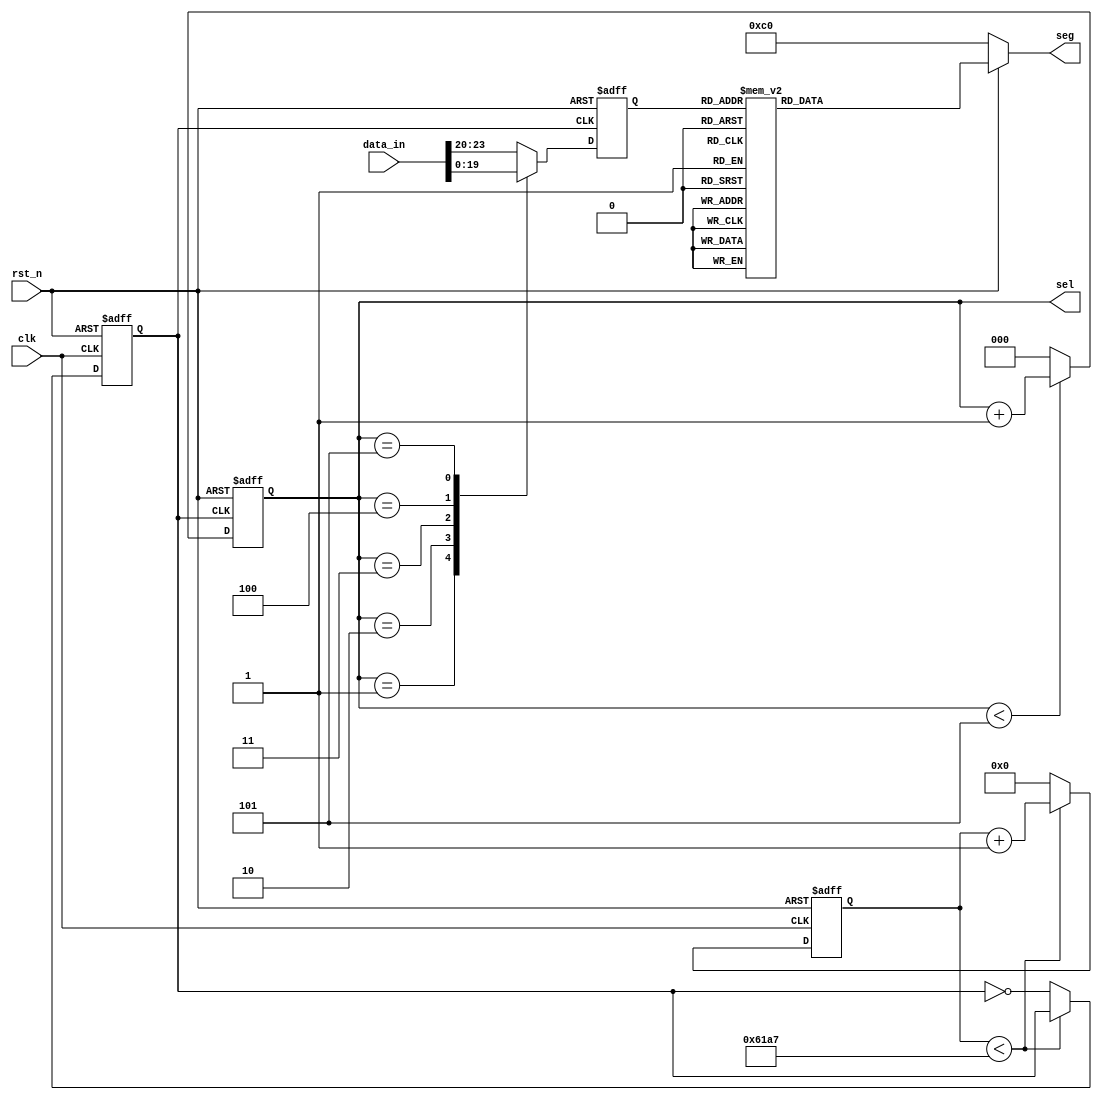
module seg7(clk, rst_n, data_in, sel, seg);

	input clk;
	input rst_n;
	input [23:0] data_in;
	output reg [2:0] sel;
	output reg [7:0] seg;
	
//	parameter data_in = 24'h123456;
	
	reg [3:0] data_temp;
	reg [31:0] count;
	reg clk_1khz;
	
	parameter T = 50_000_000 /1000 /2 - 1;
	
	always @ (posedge clk or negedge rst_n)
	begin
		if(!rst_n)
			begin
				count <= 32'd0;
				clk_1khz <= 0;
			end
		else
			begin
				if(count < T)
					count <= count + 1;
				else
					begin
						count <= 0;
						clk_1khz <= ~clk_1khz;
					end
			end
	end
	
	
	/*********6***********/
	always @ (posedge clk_1khz or negedge rst_n)
	begin
		if(!rst_n)
			sel <= 3'd0;
		else
			if(sel < 3'd5)
				sel <= sel + 1;
			else
				sel <= 0;
	end
	
	always @ (posedge clk_1khz or negedge rst_n)
	begin
		if(!rst_n)
			data_temp <= 4'd0;
		else 
			case(sel)
				3'd0	:	data_temp <= data_in[23:20];
				3'd1	:	data_temp <= data_in[19:16];
				3'd2	:	data_temp <= data_in[15:12];
				3'd3	:	data_temp <= data_in[11:8];
				3'd4	:	data_temp <= data_in[7:4];
				3'd5	:	data_temp <= data_in[3:0];
				default	:	data_temp <= data_in[23:20];
			endcase
	end
	
	/********************/
	always @ (*)
	begin
		if(!rst_n)
			seg = 8'b1100_0000;
		else
			begin
				case(data_temp)
//					4'd0	:	seg = 8'b1000_1001;
//					4'd1	:	seg = 8'b1000_0110;
//					4'd2	:	seg = 8'b1100_0111;
//					4'd3	:	seg = 8'b1100_0111;
//					4'd4	:	seg = 8'b1100_0000;
//					4'd5	:	seg = 8'b1111_1111;
					
//					4'd4	:	seg <= 8'b1001_1001;
//					4'd5	:	seg <= 8'b1001_0010;
					// 4'd0	:	seg = 8'b1100_0000;
					// 4'd1	:	seg = 8'b1111_1001;
					// 4'd2	:	seg = 8'b1010_0100;
					// 4'd3	:	seg = 8'b1011_0000;
					
					// 4'd4	:	seg <= 8'b1001_1001;
					// 4'd5	:	seg <= 8'b1001_0010;
					// 4'd6	:	seg <= 8'b1000_0010;
					// 4'd7	:	seg <= 8'b1111_1000;
					
					// 4'd8	:	seg = 8'b1000_0000;
					// 4'd9	:	seg = 8'b1001_0000;
					// 4'd10	:	seg = 8'b1000_1000;
					// 4'd11	:	seg = 8'b1000_0011;
					
					// 4'd12	:	seg = 8'b1100_0110;
					// 4'd13	:	seg = 8'b1010_0001;
					// 4'd14	:	seg = 8'b1000_0110;
					// 4'd15	:	seg = 8'b1000_1110;

					4'd0	: 	seg = 8'b1100_0000;//0
					4'd1	:	seg = 8'b11111001; //1
					4'd2	:	seg = 8'b10100100; //2
					4'd3	:	seg = 8'b10110000; //3
					4'd4	:	seg = 8'b10011001; //4
					4'd5	:	seg = 8'b10010010; //5

					4'd6	:	seg = 8'b10000010; //6
					4'd7	:	seg = 8'b11111000; //7
					4'd8	:	seg = 8'b10000000; //8
					4'd9	:	seg = 8'b10010000; //9
					4'd10	:	seg = 8'b10001000; //a
					4'd11	:	seg = 8'b10000011; //b
					4'd12	:	seg = 8'b10000110; //c
					4'd13	:	seg = 8'b10100001; //d
					4'd14	:	seg = 8'b10000110; //e
					4'd15	:	seg = 8'b10001110; //f


				endcase
			end
	end

endmodule